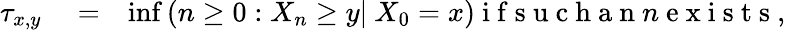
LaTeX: \begin{array}{rlr}{\tau_{x,y}}&{{}=}&{\operatorname*{inf}\left(n\geq 0:X_{n}\geq y{\mathbb\mid}\mathrm{~}X_{0}=x\right)\mathrm{~i~f~s~u~c~h~a~n~}n\mathrm{~e~x~i~s~t~s~,~}}\end{array}